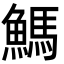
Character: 鰢